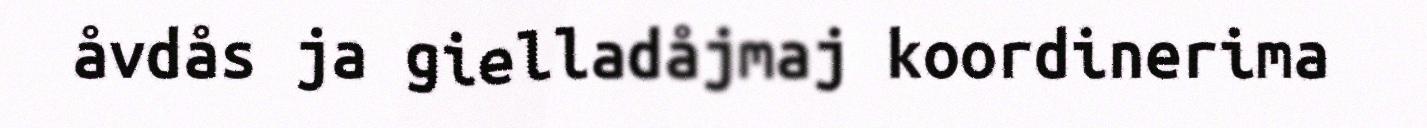
åvdås ja gielladåjmaj koordinerima